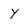
Character: Y